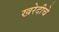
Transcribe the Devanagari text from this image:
खरेदीचे